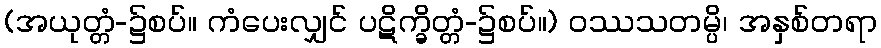
(အယုတ္တံ-၌စပ်။ ကံပေးလျှင် ပဋိက္ခိတ္တံ-၌စပ်။) ဝဿသတမ္ပိ၊ အနှစ်တရာ